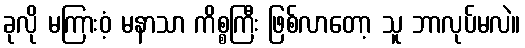
ခုလို မကြားဝံ့ မနာသာ ကိစ္စကြီး ဖြစ်လာတော့ သူ ဘာလုပ်မလဲ။